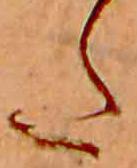
た